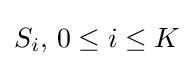
S_{i},\,0\leq i\leq K